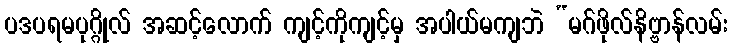
ပဒပရမပုဂ္ဂိုလ် အဆင့်လောက် ကျင့်ကိုကျင့်မှ အပါယ်မကျဘဲ “မဂ်ဖိုလ်နိဗ္ဗာန်လမ်း